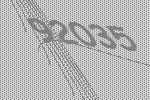
92035